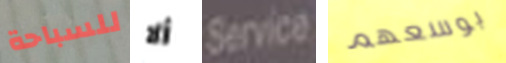
للسباحة ألا Service بوسعهم